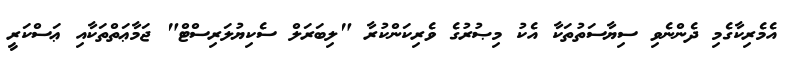
އެމެރިކާގެމި ދެންނެވި ސިޔާސަތުތަކާ އެކު މިޞުރުގެ ވެރިކަންކުރާ "ލިބަރަލް ސެކިޔުލަރިސްޓް" ޖަމާޢަތްތަކާއި ޢަސްކަރީ